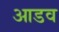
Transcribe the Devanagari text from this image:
आडव